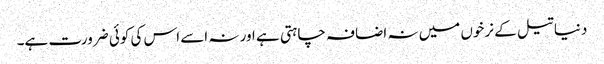
دنیا تیل کے نرخوں میں نہ اضافہ چاہتی ہے اور نہ اسے اس کی کوئی ضرورت ہے۔